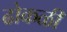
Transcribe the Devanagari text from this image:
ढोकळी